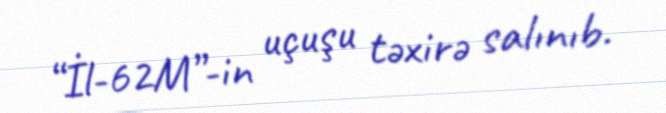
“İl-62M”-in uçuşu təxirə salınıb.